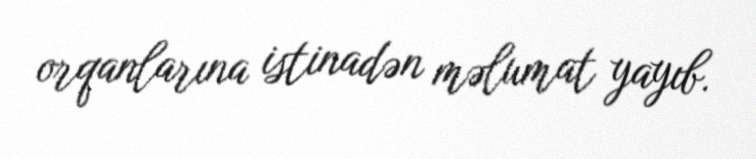
orqanlarına istinadən məlumat yayıb.